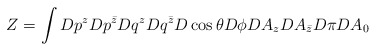
\begin{align*}Z =\int D p^z D p^{\bar z} D q^z D q^{\bar z} D\cos \theta D\phi D A_z D A_{\bar z} D \pi D A_0\end{align*}